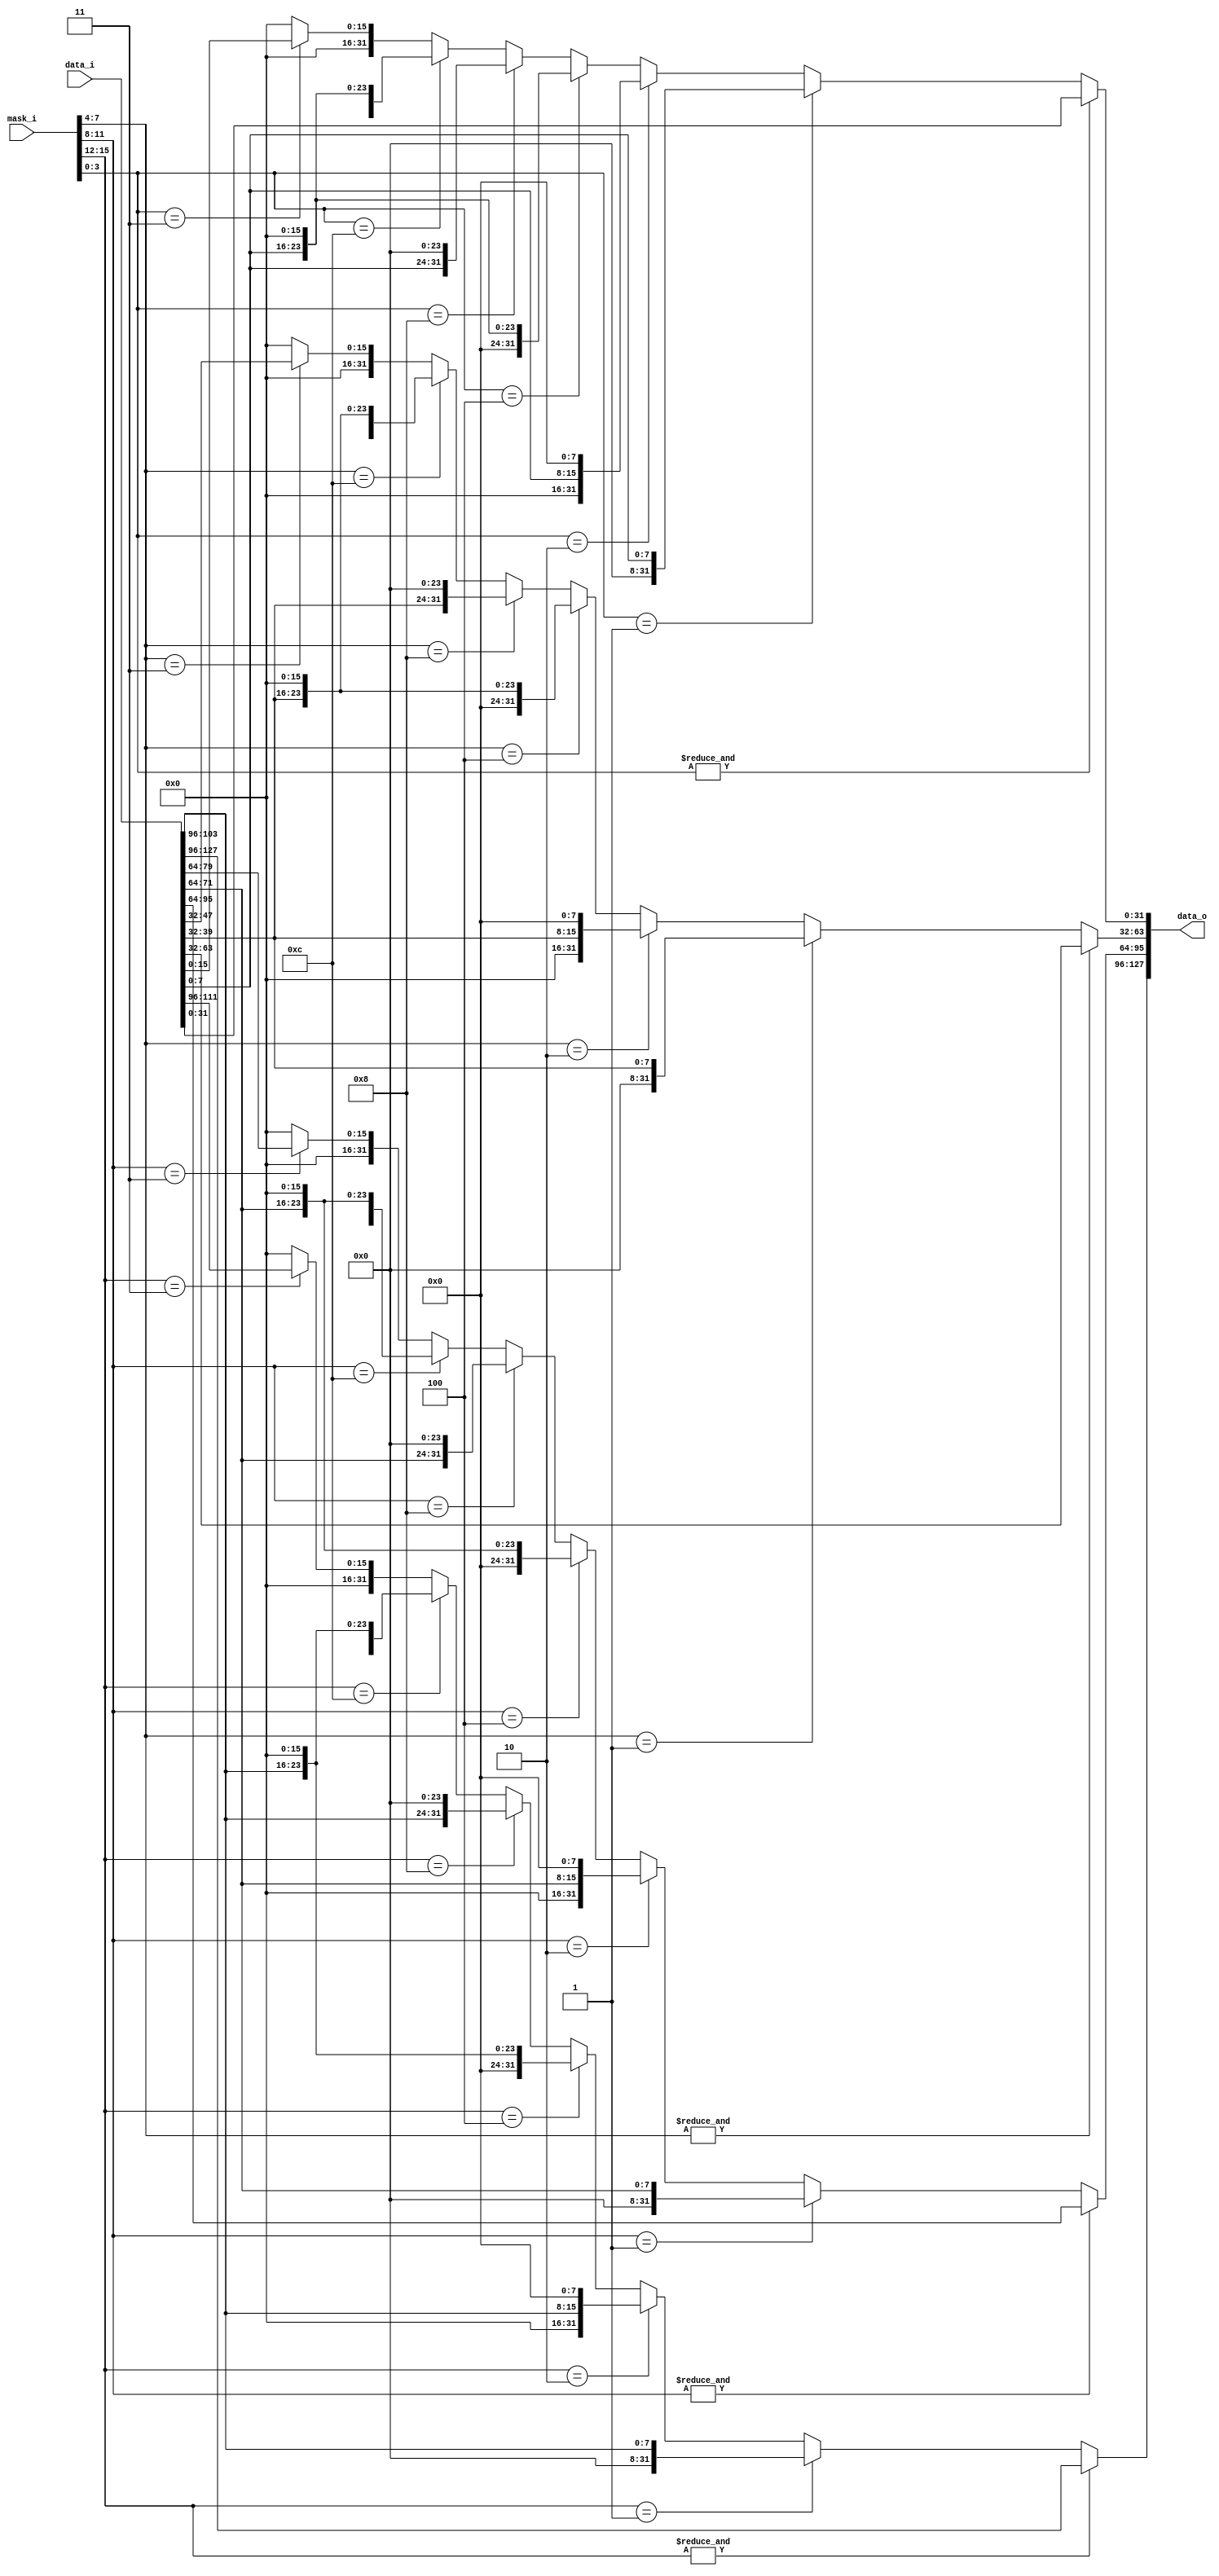
/*
 * Copyright (c) 2023-2024 C*Core Technology Co.,Ltd,Suzhou.
 * Ventus-RTL is licensed under Mulan PSL v2.
 * You can use this software according to the terms and conditions of the Mulan PSL v2.
 * You may obtain a copy of Mulan PSL v2 at:
 *          http://license.coscl.org.cn/MulanPSL2
 * THIS SOFTWARE IS PROVIDED ON AN "AS IS" BASIS, WITHOUT WARRANTIES OF ANY KIND,
 * EITHER EXPRESS OR IMPLIED, INCLUDING BUT NOT LIMITED TO NON-INFRINGEMENT,
 * MERCHANTABILITY OR FIT FOR A PARTICULAR PURPOSE.
 * See the Mulan PSL v2 for more details. */
// Description:

`timescale 1ns/1ps

module gen_data_map_per_byte #(
  parameter DATA_NUM    = 4   ,
  parameter DATA_WIDTH  = 32
)
(
  input       [DATA_WIDTH*DATA_NUM-1:0]   data_i        ,
  input       [4*DATA_NUM-1:0]            mask_i        ,
  output reg  [DATA_WIDTH*DATA_NUM-1:0]   data_o         
);

  //wire  [2*DATA_NUM-1:0]            mask_bin;
  //wire  [3*DATA_NUM-1:0]            mask_pop_count;

  genvar i;
  generate
    for(i=0; i<DATA_NUM; i=i+1) begin:output_loop
      always@(*) begin
        if(&mask_i[4*(i+1)-1-:4]) begin //  1111
          data_o[DATA_WIDTH*(i+1)-1-:DATA_WIDTH] = data_i[DATA_WIDTH*(i+1)-1-:DATA_WIDTH];
        //end else if(mask_pop_count[3*(i+1)-1-:3]==3'h1) begin //  0001 0010 0100 1000
          //data_o[DATA_WIDTH*(i+1)-1-:DATA_WIDTH] = data_i[DATA_WIDTH*(i+1)-1-:DATA_WIDTH] >> ((mask_bin[2*(i+1)-1-:2]) << 3);
          //data_o[DATA_WIDTH*(i+1)-1-:DATA_WIDTH] = data_i[DATA_WIDTH*(i+1)-1-:DATA_WIDTH] >> {mask_bin[2*(i+1)-1-:2],3'b0};
          //data_o[DATA_WIDTH*(i+1)-1-:DATA_WIDTH] = {data_i[DATA_WIDTH*i+DATA_WIDTH/4*(mask_bin[2*(i+1)-1-:2]+1)-1-:DATA_WIDTH/4],{mask_bin[2*(i+1)-1-:2]{8'b0}}};

        /*
        end else if(mask_i[4*(i+1)-1-:4]==4'b0001) begin  //  0001
          data_o[DATA_WIDTH*(i+1)-1-:DATA_WIDTH] = {24'b0,data_i[DATA_WIDTH*i+DATA_WIDTH/4-1-:DATA_WIDTH/4]};
        end else if(mask_i[4*(i+1)-1-:4]==4'b0010) begin  //  0010
          data_o[DATA_WIDTH*(i+1)-1-:DATA_WIDTH] = {16'b0,data_i[DATA_WIDTH*i+DATA_WIDTH/4*2-1-:DATA_WIDTH/4],8'b0};
        end else if(mask_i[4*(i+1)-1-:4]==4'b0100) begin  //  0100
          data_o[DATA_WIDTH*(i+1)-1-:DATA_WIDTH] = {8'b0,data_i[DATA_WIDTH*i+DATA_WIDTH/4*3-1-:DATA_WIDTH/4],16'b0};
        end else if(mask_i[4*(i+1)-1-:4]==4'b1000) begin  //  1000
          data_o[DATA_WIDTH*(i+1)-1-:DATA_WIDTH] = {data_i[DATA_WIDTH*i+DATA_WIDTH/4*4-1-:DATA_WIDTH/4],24'b0};
        end else if(mask_i[4*(i+1)-1-:4]==4'b1100) begin  //  1100
          //data_o[DATA_WIDTH*(i+1)-1-:DATA_WIDTH] = data_i[DATA_WIDTH*(i+1)-1-:DATA_WIDTH] >> 16;
          data_o[DATA_WIDTH*(i+1)-1-:DATA_WIDTH] = {data_i[DATA_WIDTH*(i+1)-1-:DATA_WIDTH/2],{DATA_WIDTH/2{1'b0}}};
        end else if(mask_i[4*(i+1)-1-:4]==4'b0011) begin  //  0011
          data_o[DATA_WIDTH*(i+1)-1-:DATA_WIDTH] = {{DATA_WIDTH/2{1'b0}},data_i[DATA_WIDTH*i+DATA_WIDTH/2-1-:DATA_WIDTH/2]};
        end else begin
          //data_o[DATA_WIDTH*(i+1)-1-:DATA_WIDTH] = data_i[DATA_WIDTH*(i+1)-1-:DATA_WIDTH];
          data_o[DATA_WIDTH*(i+1)-1-:DATA_WIDTH] = {DATA_WIDTH{1'b0}};
        end
        */

        end else if(mask_i[4*(i+1)-1-:4]==4'b0001) begin  //  0001
          data_o[DATA_WIDTH*(i+1)-1-:DATA_WIDTH] = {24'b0,data_i[DATA_WIDTH*i+DATA_WIDTH/4-1-:DATA_WIDTH/4]};
        end else if(mask_i[4*(i+1)-1-:4]==4'b0010) begin  //  0010
          data_o[DATA_WIDTH*(i+1)-1-:DATA_WIDTH] = {16'b0,data_i[DATA_WIDTH*i+DATA_WIDTH/4-1-:DATA_WIDTH/4],8'b0};
        end else if(mask_i[4*(i+1)-1-:4]==4'b0100) begin  //  0100
          data_o[DATA_WIDTH*(i+1)-1-:DATA_WIDTH] = {8'b0,data_i[DATA_WIDTH*i+DATA_WIDTH/4-1-:DATA_WIDTH/4],16'b0};
        end else if(mask_i[4*(i+1)-1-:4]==4'b1000) begin  //  1000
          data_o[DATA_WIDTH*(i+1)-1-:DATA_WIDTH] = {data_i[DATA_WIDTH*i+DATA_WIDTH/4-1-:DATA_WIDTH/4],24'b0};
        end else if(mask_i[4*(i+1)-1-:4]==4'b1100) begin  //  1100
          //data_o[DATA_WIDTH*(i+1)-1-:DATA_WIDTH] = data_i[DATA_WIDTH*(i+1)-1-:DATA_WIDTH] >> 16;
          data_o[DATA_WIDTH*(i+1)-1-:DATA_WIDTH] = {data_i[DATA_WIDTH*i+DATA_WIDTH/2-1-:DATA_WIDTH/2],{DATA_WIDTH/2{1'b0}}};
        end else if(mask_i[4*(i+1)-1-:4]==4'b0011) begin  //  0011
          data_o[DATA_WIDTH*(i+1)-1-:DATA_WIDTH] = {{DATA_WIDTH/2{1'b0}},data_i[DATA_WIDTH*i+DATA_WIDTH/2-1-:DATA_WIDTH/2]};
        end else begin
          //data_o[DATA_WIDTH*(i+1)-1-:DATA_WIDTH] = data_i[DATA_WIDTH*(i+1)-1-:DATA_WIDTH];
          data_o[DATA_WIDTH*(i+1)-1-:DATA_WIDTH] = {DATA_WIDTH{1'b0}};
        end
      end
    end
  endgenerate

  /*
  genvar j;
  generate
    for(j=0; j<DATA_NUM; j=j+1) begin:mask_loop
      pop_cnt #(
        .DATA_LEN (4),
        .DATA_WID (3)
      )
      U_pop_cnt
      (
        .data_i(mask_i        [4*(j+1)-1-:4]),
        .data_o(mask_pop_count[3*(j+1)-1-:3]) 
      );

      one2bin #(
        .ONE_WIDTH(4),
        .BIN_WIDTH(2)
      )
      U_one2bin
      (
        .oh (mask_i   [4*(j+1)-1-:4]   ),
        .bin(mask_bin [2*(j+1)-1-:2]   )    
      );
    end
  endgenerate
  */

endmodule